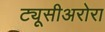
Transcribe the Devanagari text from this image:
ट्यूसीअरोरा